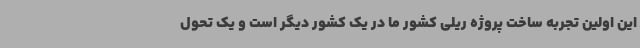
این اولین تجربه ساخت پروژه ریلی کشور ما در یک کشور دیگر است و یک تحول